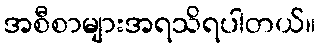
အစီစာများအရသိရပါတယ်။